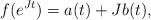
LaTeX: \begin{align*} f(e^{Jt})=a(t)+Jb(t),\end{align*}